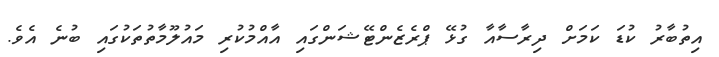
އިތުބާރު ކުޑަ ކަމަށް ދިރާސާއާ ގުޅޭ ޕްރެޒެންޓޭޝަންގައި އާއްމުކުރި މައުލޫމާތުތަކުގައި ބުނެ އެވެ.